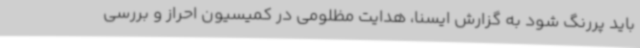
باید پررنگ شود به گزارش ایسنا، هدایت مظلومی در کمیسیون احراز و بررسی